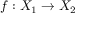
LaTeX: f : X _ { 1 } \rightarrow X _ { 2 }